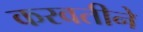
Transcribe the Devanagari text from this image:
करवतीने